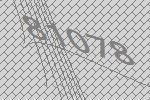
81078